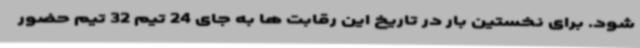
شود. برای نخستین بار در تاریخ این رقابت ها به جای 24 تیم 32 تیم حضور